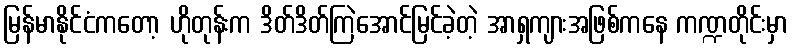
မြန်မာနိုင်ငံကတော့ ဟိုတုန်းက ဒိတ်ဒိတ်ကြဲအောင်မြင်ခဲ့တဲ့ အာရှကျားအဖြစ်ကနေ ကဏ္ဍတိုင်းမှာ